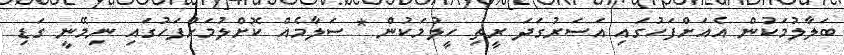
ބަލާލުމަކުން އެއަށްފަހުގައި އަސަރުގަދަ ރީތި ހީލުމަކުން * ސަލާމެއް ކޮށްލުމަށްފަހުގައި ނިމޭނީ ގަޑި